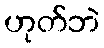
ဟုတ်ဘဲ